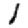
Digit: 1